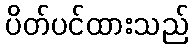
ပိတ်ပင်ထားသည်